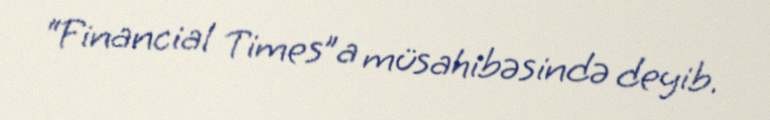
“Financial Times”a müsahibəsində deyib.